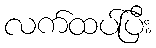
လက်ထပ်ပြီး